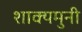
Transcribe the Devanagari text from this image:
शाक्यमुनी